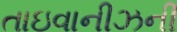
તાઇવાનીઝની